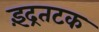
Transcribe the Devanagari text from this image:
इंद्रतटक